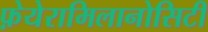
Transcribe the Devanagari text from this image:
फ़ेयेरामिलानोसिटी